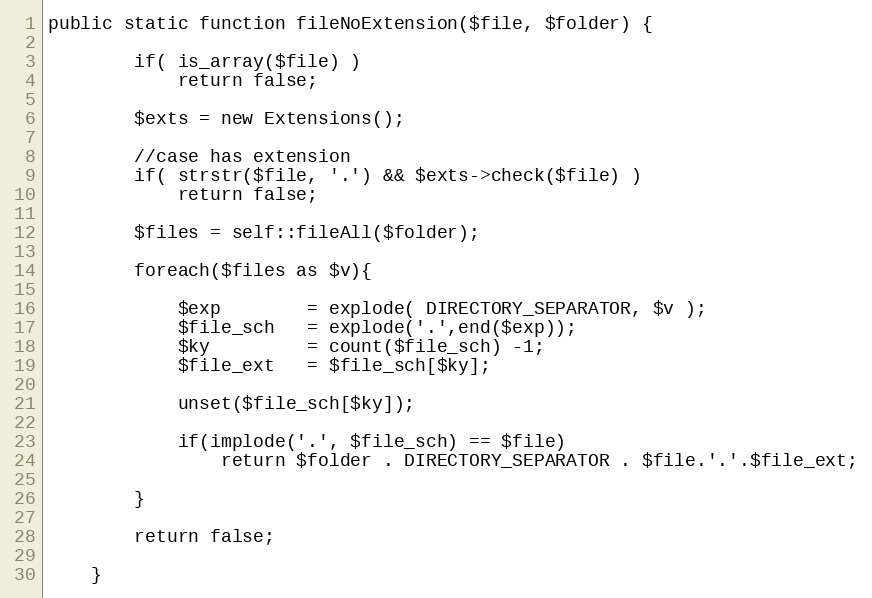
Language: PHP
public static function fileNoExtension($file, $folder) {

        if( is_array($file) )
            return false;

        $exts = new Extensions();

        //case has extension
        if( strstr($file, '.') && $exts->check($file) )
            return false;

        $files = self::fileAll($folder);

        foreach($files as $v){

            $exp        = explode( DIRECTORY_SEPARATOR, $v );
            $file_sch   = explode('.',end($exp));
            $ky         = count($file_sch) -1;
            $file_ext   = $file_sch[$ky];

            unset($file_sch[$ky]);

            if(implode('.', $file_sch) == $file)
                return $folder . DIRECTORY_SEPARATOR . $file.'.'.$file_ext;

        }

        return false;

    }